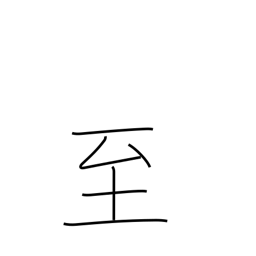
Meaning: climax